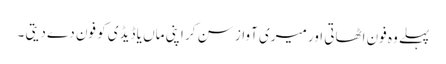
پہلے وہ فون اٹھاتی اور میری آواز سن کر اپنی ماں یا ڈیڈی کو فون دے دیتی ۔